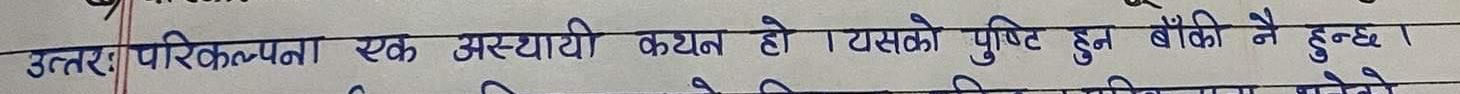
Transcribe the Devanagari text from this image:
उत्तरः परिकल्पना एक अस्थायी कथन हो। यसको पुष्टि हुन बाँकी नै हुन्छ।